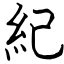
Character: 紀